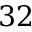
3 2